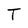
Character: T